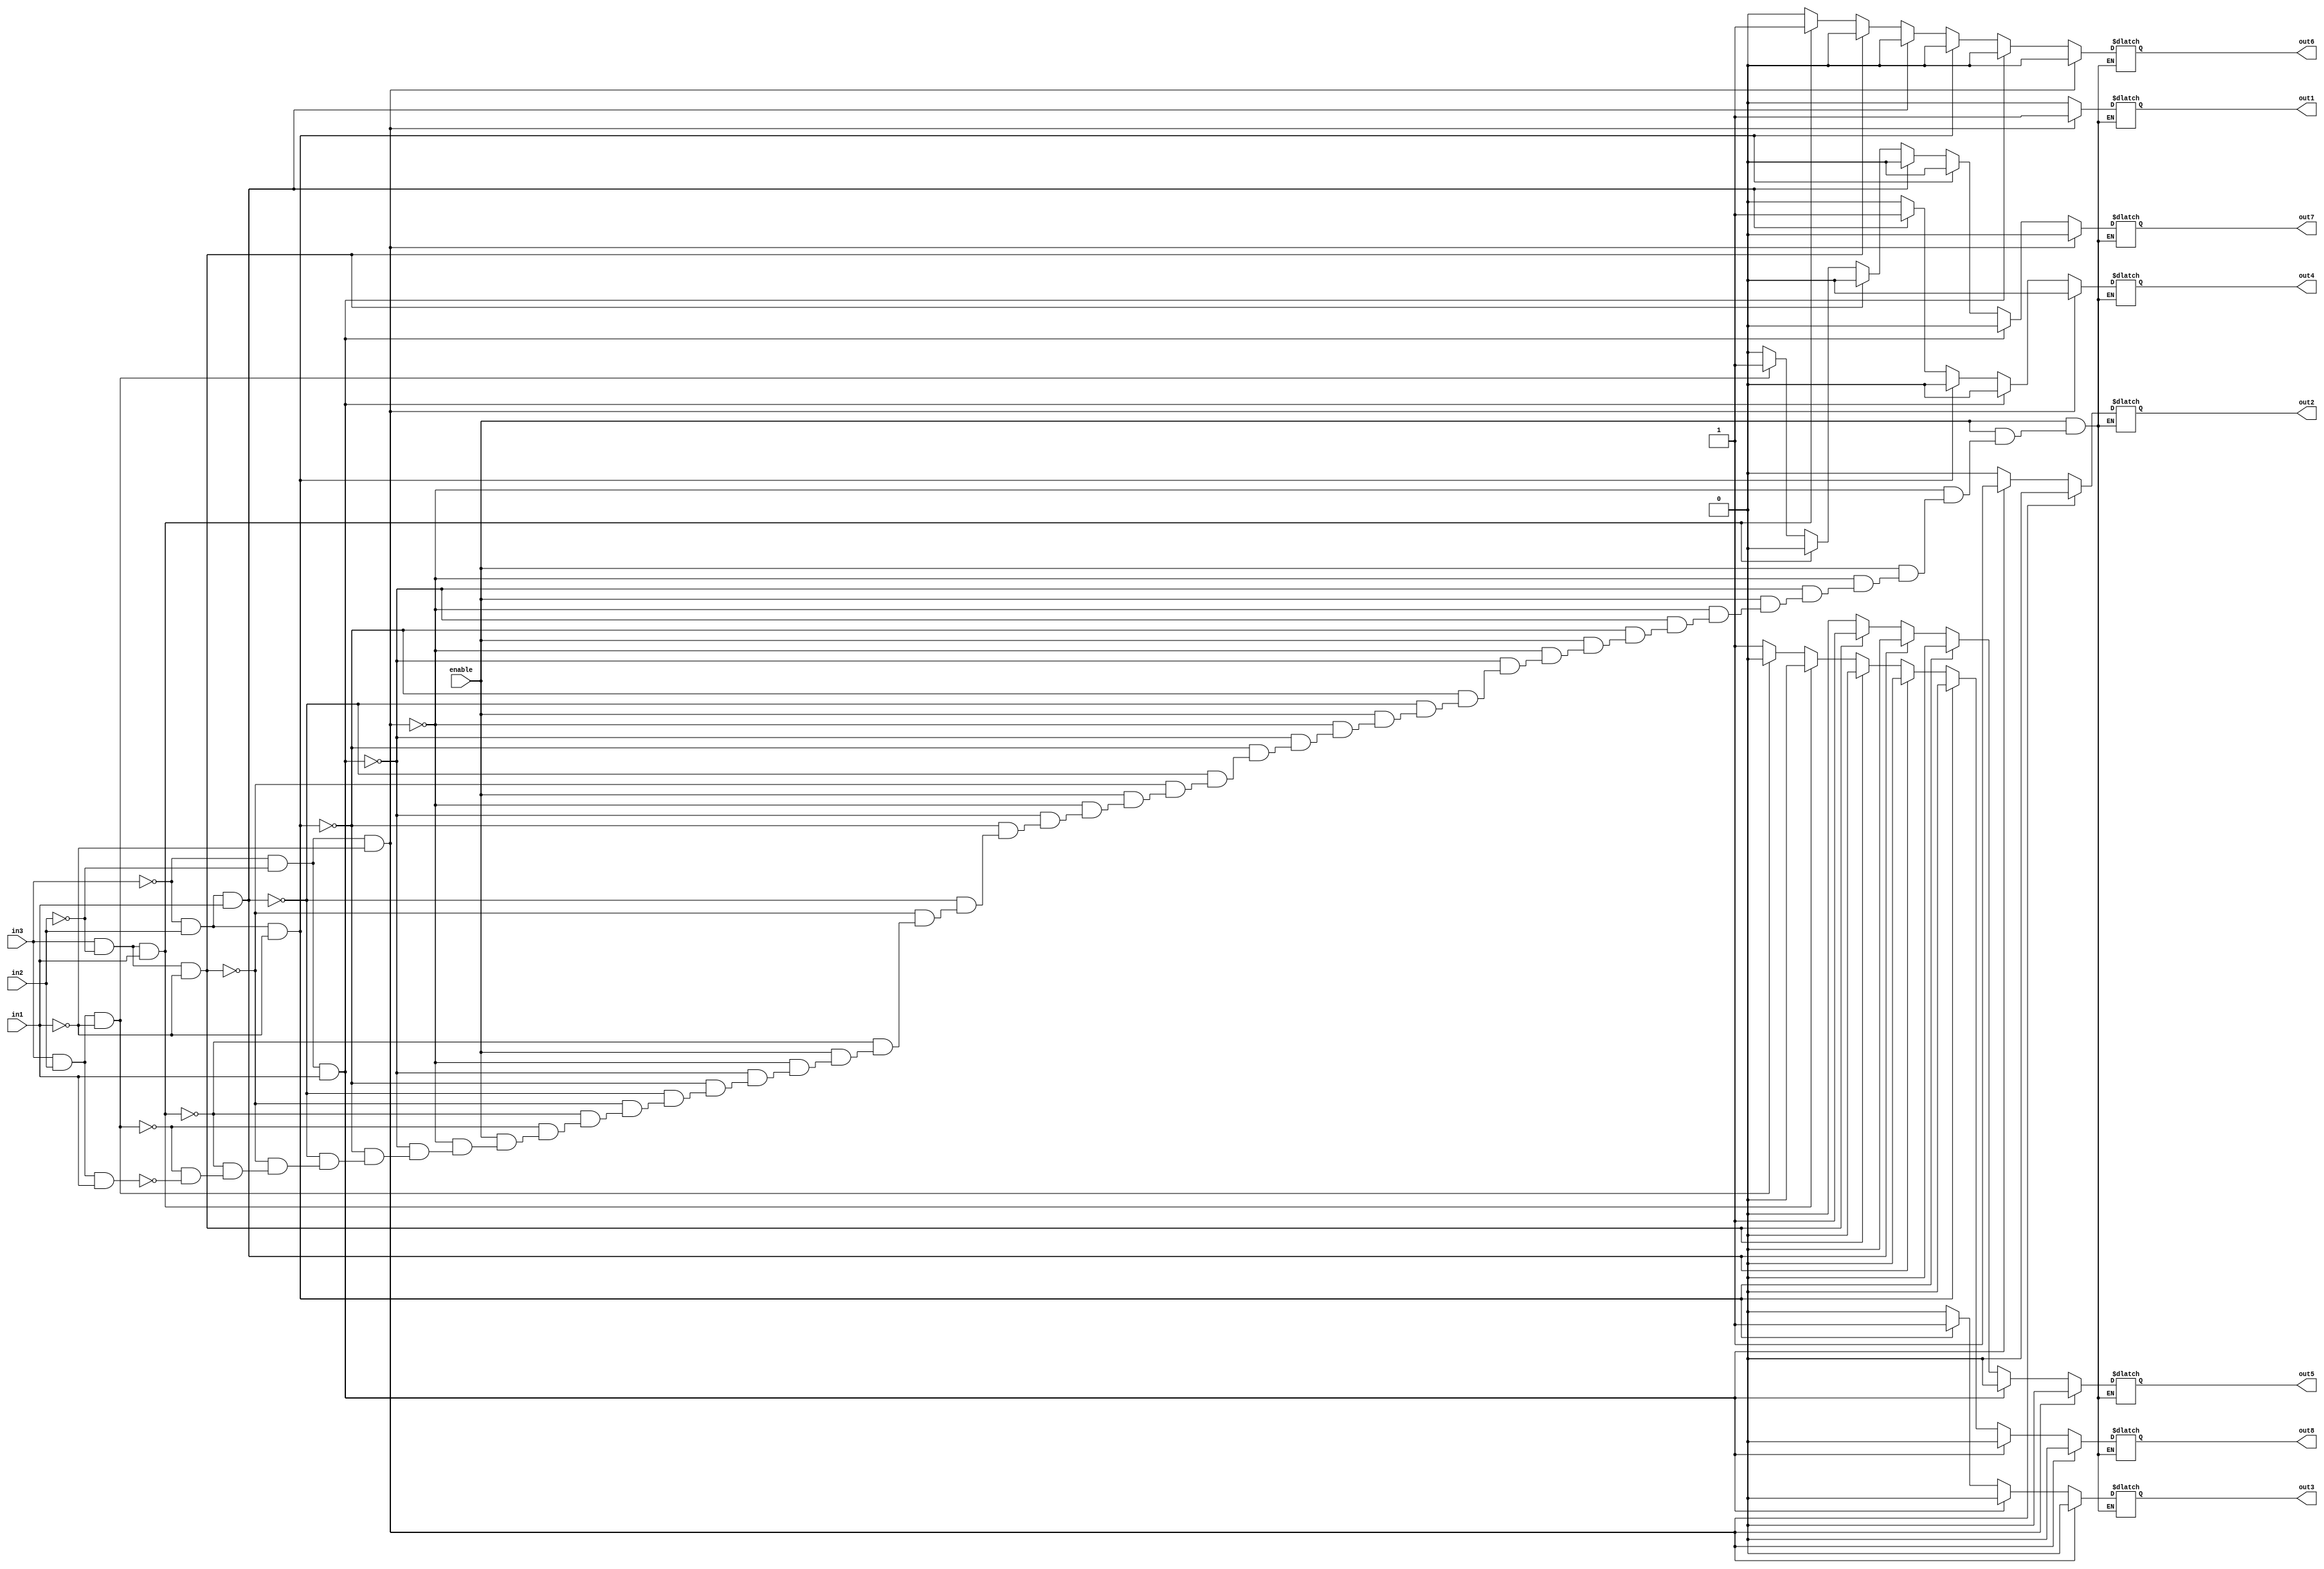
//--------------------------------------------------------------------------------------------------
//
// Title       : Decoder
// Design      : design0
// Company     : Mahmoud Galal
//
//-------------------------------------------------------------------------------------------------
//
// Generated   : Sat Dec 16 21:29:12 2023
// From        : interface description file
// By          : Itf2Vhdl ver. 1.20
//
//-------------------------------------------------------------------------------------------------
//
// Description : 
//
//-------------------------------------------------------------------------------------------------
`timescale 1 ns / 1 ps

//{{ Section below this comment is automatically maintained
//   and may be overwritten
//{module {Decoder}}
module Decoder (in1, in2, in3, enable, out1, out2, out3, out4, out5, out6, out7, out8);
	input in1, in2, in3;
	input enable;
	
	output reg out1, out2, out3, out4, out5, out6, out7, out8;
	
	always @ (enable or in1, in2, in3)	
		begin
			if(enable == 1)
				begin
					if(in3==1'b0 && in2==1'b0 && in1==1'b0) begin 
					{out8,out7,out6,out5,out4,out3,out2,out1} = 8'b00000001; end
					else if(in3==1'b0 && in2==1'b0 && in1==1'b1) begin 
					{out8,out7,out6,out5,out4,out3,out2,out1} = 8'b00000010; end
					else if(in3==1'b0 && in2==1'b1 && in1==1'b0) begin 
					{out8,out7,out6,out5,out4,out3,out2,out1} = 8'b00000100; end
					else if(in3==1'b0 && in2==1'b1 && in1==1'b1) begin 
					{out8,out7,out6,out5,out4,out3,out2,out1} = 8'b00001000; end
					else if(in3==1'b1 && in2==1'b0 && in1==1'b0) begin 
					{out8,out7,out6,out5,out4,out3,out2,out1} = 8'b00010000; end
					else if(in3==1'b1 && in2==1'b0 && in1==1'b1) begin 
					{out8,out7,out6,out5,out4,out3,out2,out1} = 8'b00100000; end
					else if(in3==1'b1 && in2==1'b1 && in1==1'b0) begin 
					{out8,out7,out6,out5,out4,out3,out2,out1} = 8'b01000000; end
					else if(in3==1'b1 && in2==1'b1 && in1==1'b1) begin 
					{out8,out7,out6,out5,out4,out3,out2,out1} = 8'b10000000; end
				end
			else {out8,out7,out6,out5,out4,out3,out2,out1}=8'bzzzzzzzz;
		end
	

endmodule